Cholera in India, 1862 to 1881
Year: 1862
Disease focus: Cholera
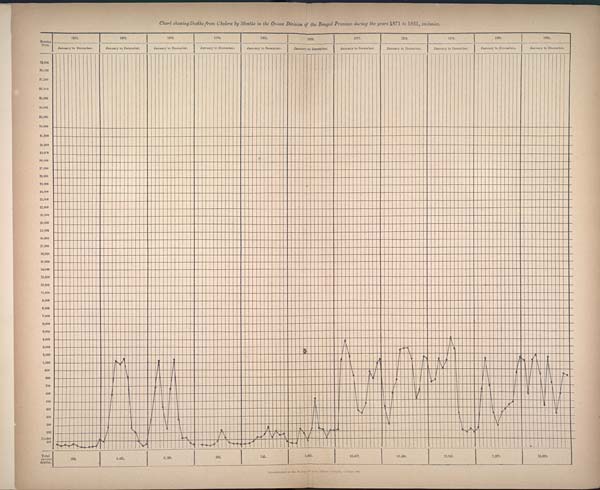
Chart showing Deaths from Cholera by Months in the Orissa Division of the Bengal Province during the years 1871 to 1881, inclusive.
Lithographed at the Survey of India Offices, Calcutta, October 1884.